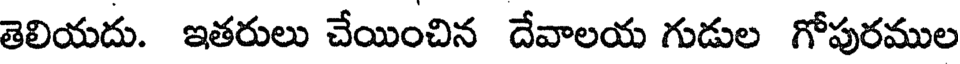
తెలియదు. ఇతరులు చేయించిన దేవాలయ గుడుల గోపురముల